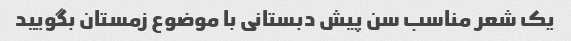
یک شعر مناسب سن پیش دبستانی با موضوع زمستان بگویید